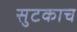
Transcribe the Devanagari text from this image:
सुटकाच